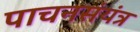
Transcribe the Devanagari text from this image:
पाचनसंयंत्र